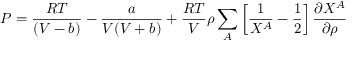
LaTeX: P = { \frac { R T } { ( V - b ) } } - { \frac { a } { V ( V + b ) } } + { \frac { R T } { V } } \rho \sum _ { A } \left[ { \frac { 1 } { X ^ { A } } } - { \frac { 1 } { 2 } } \right] { \frac { \partial X ^ { A } } { \partial \rho } }